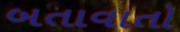
બતાવાતો